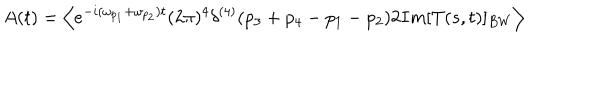
A ( t ) = \left\langle { e ^ { - i ( \omega _ { p _ { 1 } } + \omega _ { p _ { 2 } } ) t } ( 2 \pi ) ^ { 4 } \delta ^ { ( 4 ) } ( p _ { 3 } + p _ { 4 } - p _ { 1 } - p _ { 2 } ) 2 I m [ T ( s , t ) ] _ { B W } } \right\rangle